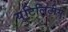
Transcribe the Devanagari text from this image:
युटिलिटीस